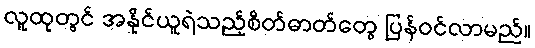
လူထုတွင် အနိုင်ယူရဲသည့်စိတ်ဓာတ်တွေ ပြန်ဝင်လာမည်။